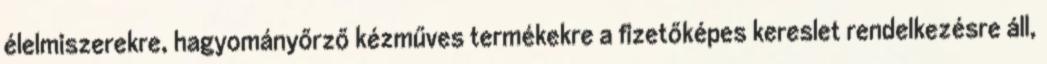
élelmiszerekre, hagyományőrző kézműves termékekre a fizetőképes kereslet rendelkezésre áll,